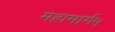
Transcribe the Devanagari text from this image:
महामार्ग५